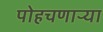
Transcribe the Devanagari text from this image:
पोहचणाऱ्या